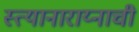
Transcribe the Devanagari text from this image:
स्त्यानाराय्नाची